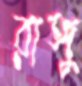
রাঙ্গু